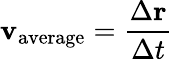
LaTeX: \mathbf{v}_{\mathrm{average}}={\frac{\Delta\mathbf{r}}{\Delta t}}